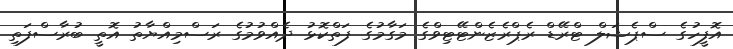
އޮފީހުގެ ސްޕެޝަލް ޓްރޭޑް ރެޕްރެޒެންޓޭޓިވްގެ މަގާމުގެ ފަތްކޮޅު ދެއްވުމުގެ ރަސްމިއްޔާތު އޮތީ ބުރާސްފަތި